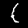
Label: 1